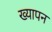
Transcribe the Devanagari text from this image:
ख्यापन